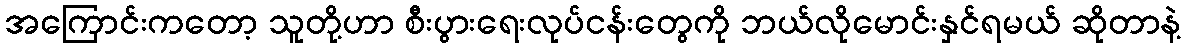
အကြောင်းကတော့ သူတို့ဟာ စီးပွားရေးလုပ်ငန်းတွေကို ဘယ်လိုမောင်းနှင်ရမယ် ဆိုတာနဲ့